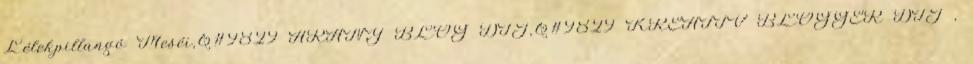
Lélekpillangó Meséi,&#9829 ARANY BLOG DÍJ,&#9829 KREATÍV BLOGGER DÍJ ,